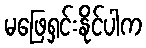
မဖြေရှင်းနိုင်ပါက